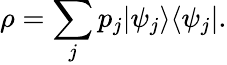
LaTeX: \rho=\sum_{j}p_{j}|\psi_{j}\rangle\langle\psi_{j}|.